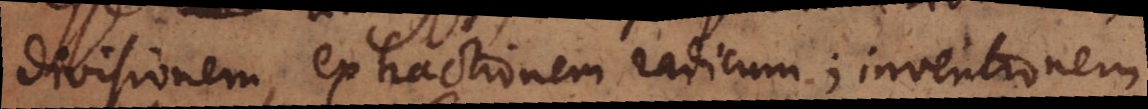
divisionem, extractionem radicum; inventionem